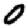
Digit: 0